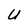
Character: U